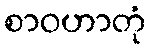
စာဝဟာတုံ